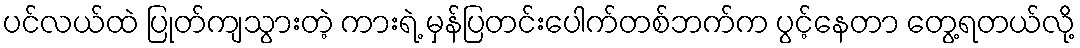
ပင်လယ်ထဲ ပြုတ်ကျသွားတဲ့ ကားရဲ့ မှန်ပြတင်းပေါက်တစ်ဘက်က ပွင့်နေတာ တွေ့ရတယ်လို့